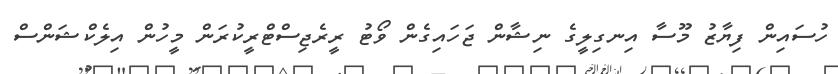
ހުސައިން ފިޔާޒު މޫސާ އިނގިލީގެ ނިޝާން ޖަހައިގެން ވޯޓު ރީރެޖިސްޓްރީކުރަން މީހުން އިލެކްޝަންސް